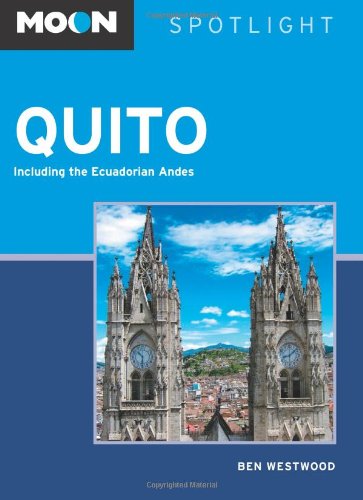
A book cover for Moon Spotlight Quito: Including the Ecuadorian Andes; Ben Westwood; Travel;